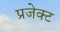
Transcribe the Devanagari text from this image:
प्रजेक्ट